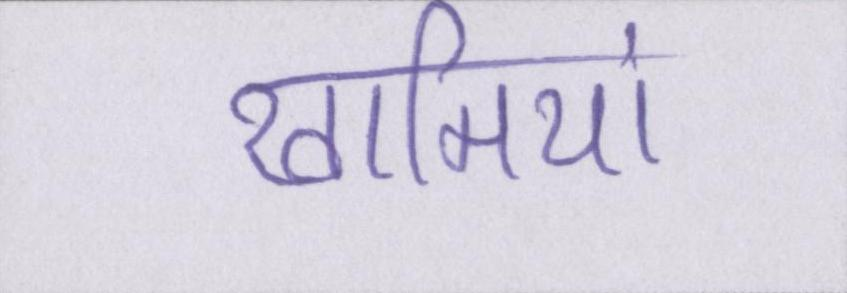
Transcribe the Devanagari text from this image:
खामियां